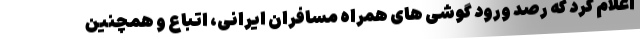
اعلام کرد که رصد ورود گوشی های همراه مسافران ایرانی، اتباع و همچنین